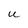
Character: U